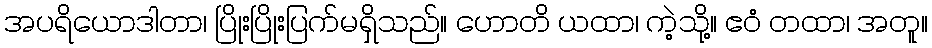
အပရိယောဒါတာ၊ ပြိုးပြိုးပြက်မရှိသည်။ ဟောတိ ယထာ၊ ကဲ့သို့။ ဧဝံ တထာ၊ အတူ။